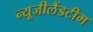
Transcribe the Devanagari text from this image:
न्यूजीलैंडटीम